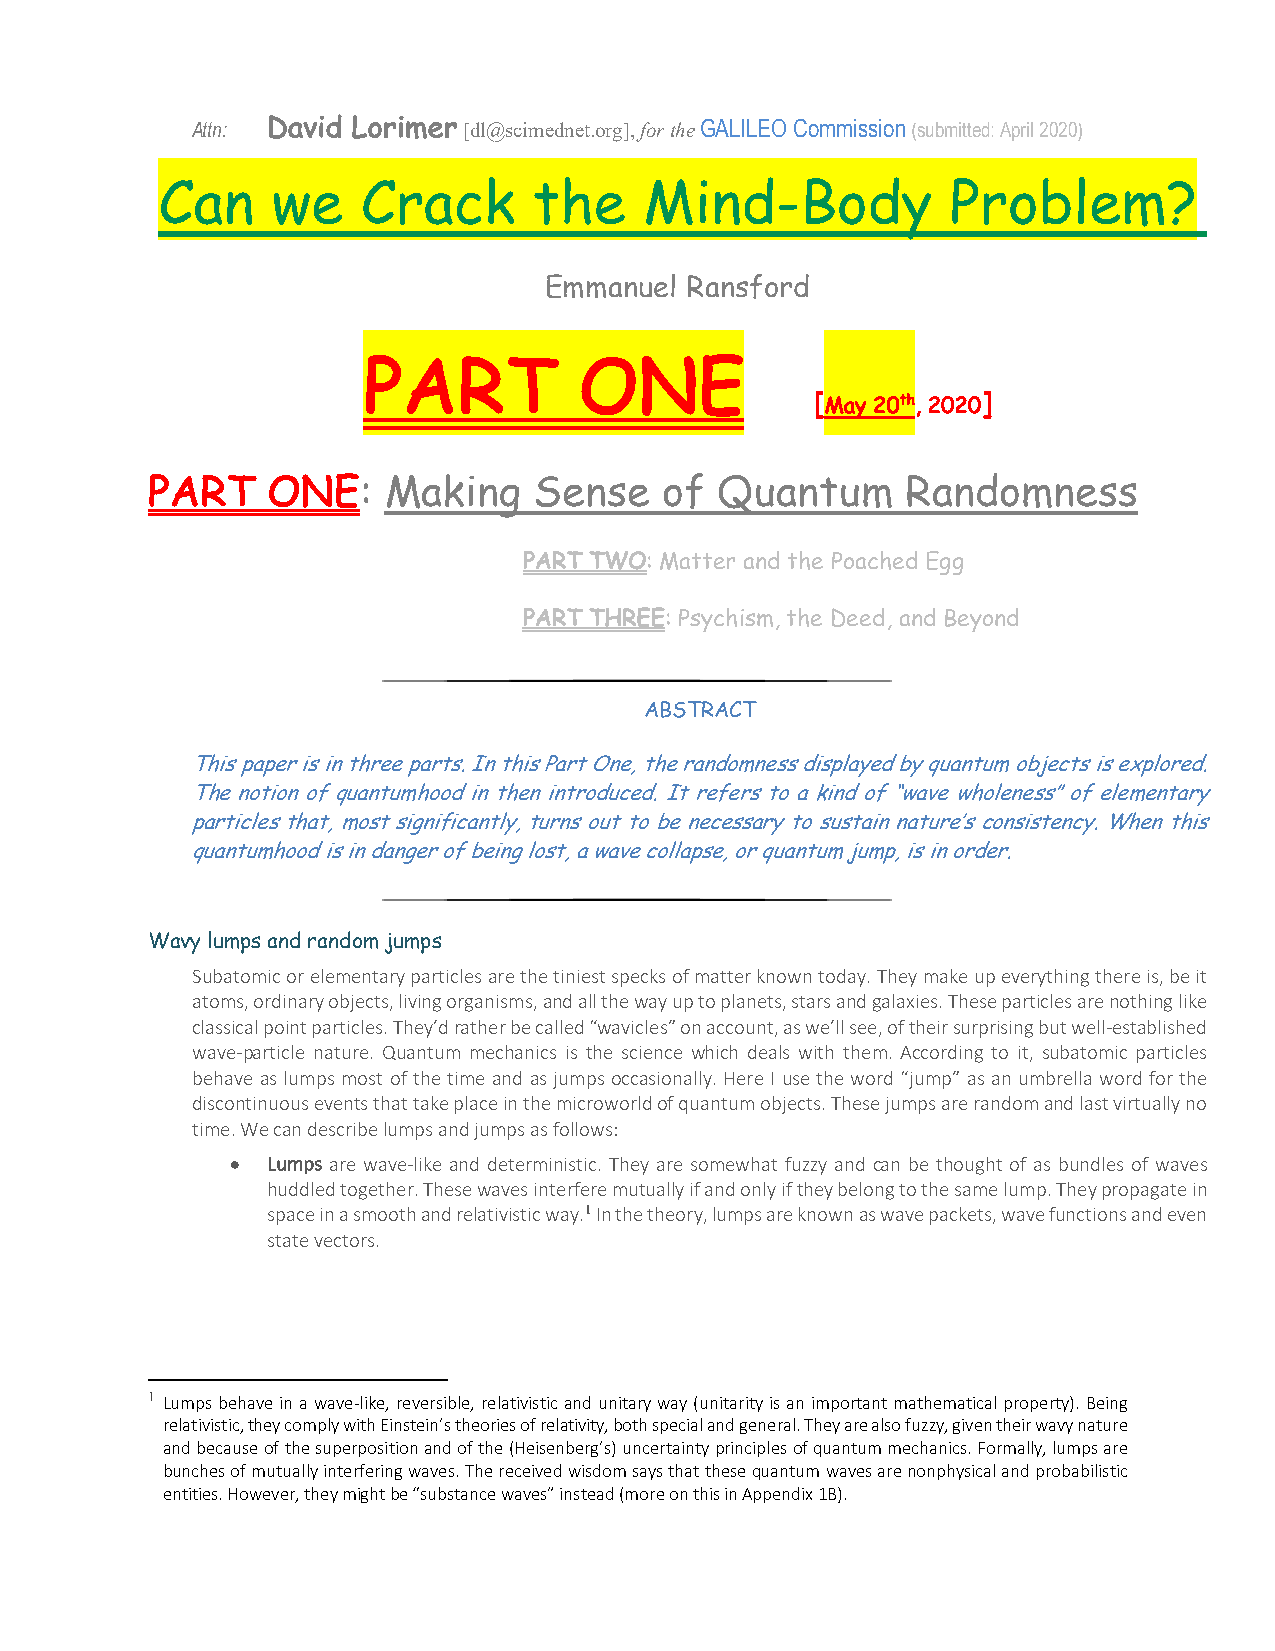
Attn: David Lorimer [dl@scimednet.org], for the GALILEO Commission (submitted: April 2020)
 Can     we    Crack      the     Mind-Body           Problem?
 Emmanuel Ransford
 PART          ONE
 [May 20th, 2020]
 PART    ONE:   Making    Sense    of  Quantum     Randomness
 PART TWO: Matter and the Poached Egg
 PART THREE: Psychism, the Deed, and Beyond
 ABSTRACT
 This paper is in three parts. In this Part One, the randomness displayed by quantum objects is explored.
 The notion of quantumhood in then introduced. It refers to a kind of “wave wholeness” of elementary
 particles that, most significantly, turns out to be necessary to sustain nature’s consistency. When this
 quantumhood is in danger of being lost, a wave collapse, or quantum jump, is in order.
 Wavy lumps and random jumps
 Subatomic or elementary particles are the tiniest specks of matter known today. They make up everything there is, be it
 atoms, ordinary objects, living organisms, and all the way up to planets, stars and galaxies. These particles are nothing like
 classical point particles. They’d rather be called “wavicles” on account, as we’ll see, of their surprising but well-established
 wave-particle nature. Quantum mechanics is the science which deals with them. According to it, subatomic particles
 behave as lumps most of the time and as jumps occasionally. Here I use the word “jump” as an umbrella word for the
 discontinuous events that take place in the microworld of quantum objects. These jumps are random and last virtually no
 time. We can describe lumps and jumps as follows:
 •  Lumps are wave-like and deterministic. They are somewhat fuzzy and can be thought of as bundles of waves
 huddled together. These waves interfere mutually if and only if they belong to the same lump. They propagate in
 space in a smooth and relativistic way.1 In the theory, lumps are known as wave packets, wave functions and even
 state vectors.
 1 Lumps behave in a wave-like, reversible, relativistic and unitary way (unitarity is an important mathematical property). Being
 relativistic, they comply with Einstein’s theories of relativity, both special and general. They are also fuzzy, given their wavy nature
 and because of the superposition and of the (Heisenberg’s) uncertainty principles of quantum mechanics. Formally, lumps are
 bunches of mutually interfering waves. The received wisdom says that these quantum waves are nonphysical and probabilistic
 entities. However, they might be “substance waves” instead (more on this in Appendix 1B).